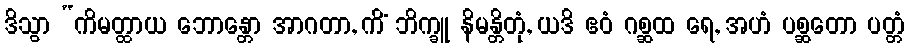
ဒိသွာ “ကိမတ္ထာယ ဘောန္တော အာဂတာ, ကိံ ဘိက္ခူ နိမန္တိတုံ, ယဒိ ဧဝံ ဂစ္ဆထ ရေ, အဟံ ပစ္ဆတော ပတ္တံ